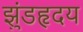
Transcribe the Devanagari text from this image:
झुंडहृदय